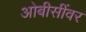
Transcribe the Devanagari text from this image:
ओबीसींवर